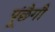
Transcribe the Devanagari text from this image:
पूंछैगौ